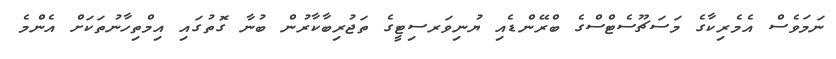
ނަމަވެސް އެމެރިކާގެ މަސަޗޫސެޓްސްގެ ބްރޭންޑެއި ޔުނިވަރސިޓީގެ ތަޖުރިބާކާރުން ބުނާ ގޮތުގައި އިމްތިހާނުތަކަށް އެންމެ